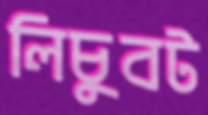
লিচুবট